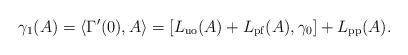
LaTeX: \begin{align*}\gamma_1(A)=\langle \Gamma'(0), A \rangle = \left[ L_{\rm uo}(A)+L_{\rm pf}(A),\gamma_0\right] + L_{\rm pp}(A).\end{align*}